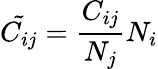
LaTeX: \tilde{C_{ij}}=\frac{C_{ij}}{N_{j}}N_{i}